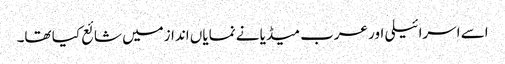
اسے اسرائیلی اور عرب میڈیا نے نمایاں اندازمیں شائع کیا تھا۔